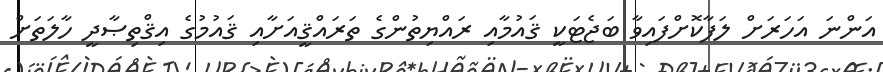
އަންނަ އަހަރަށް ލަފާކޮށްފައިވާ ބަޖެޓަކީ ޤައުމާއި ރައްޔިތުންގެ ތަރައްޤީއަށާއި ޤައުމުގެ އިޤްތިޞާދީ ހާލަތަށް